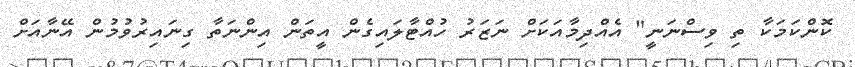
ކޮންކަމަކާ ތި ވިސްނަނީ" އެއްދިމާއަކަށް ނަޒަރު ހުއްޓާލައިގެން އީތަން އިންނަތާ ގިނައިރުވުމުން އޭނާއަށް